Structure of Hæmatopota pluvialis (Meigen) - Number 55
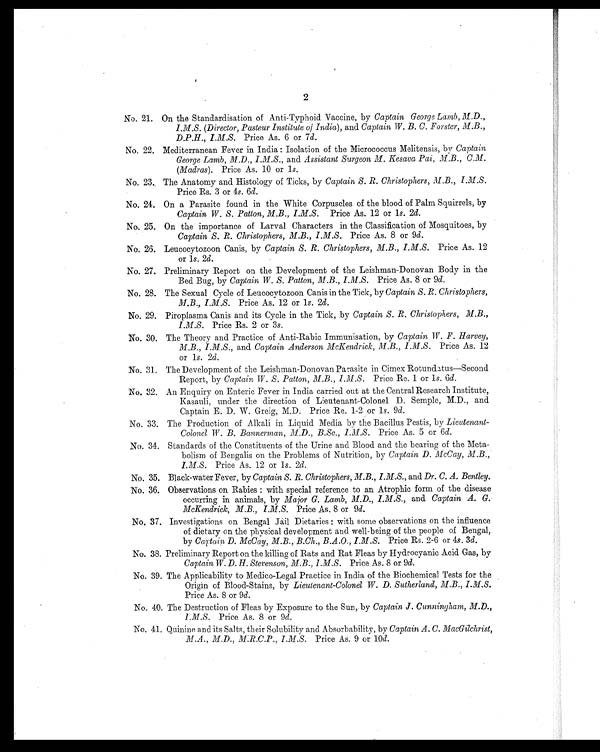
2
No. 21. On the Standardisation of Anti-Typhoid Vaccine, by Captain George Lamb, M.D.,
I.M.S. (Director, Pasteur Institute of India ), and Captain W. B. C. Forster, M.B.,
D.P.H., I.M.S. Price As. 6 or 7 d.
No. 22. Mediterranean Fever in India : Isolation of the Micrococcus Melitensis, by Captain
George Lamb, M.D., I.M.S., and Assistant Surgeon M. Kesava Pai, M.B., C.M.
(Madras ). Price As. 10 or 1s.
No. 23., The Anatomy and Histology of Ticks, by Captain S. R. Christophers, M.B., I.M.S.
Price Rs. 3 or 4s. 6d.
No. 24. On a Parasite found in the White Corpuscles of the blood of Palm Squirrels, by
Captain W. S. Patton, M.B., I.M.S. Price As. 12 or 1s. 2d.
No. 25. On the importance of Larval Characters in the Classification of Mosquitoes, by
Captain S. R. Christophers, M.B., I.M.S. Price As. 8 or 9 d.
No. 26. Leucocytozoon Canis, by Captain S. R. Christophers, M.B., I.M.S. Price As. 12
or 1s. 2d.
No. 27. Preliminary Report on the Development of the Leishman-Donovan Body in the
Bed Bug, by Captain W. S. Patton, M.B., I.M.S. Price As. 8 or 9 d.
No. 28. The Sexual Cycle of Leucocytozoon Canis in the Tick, by Captain S. R. Christophers,
M.B., I.M.S. Price As. 12 or 1s. 2d.
No. 29. Piroplasma Canis and its Cycle in the Tick, by Captain S. R. Christophers, M.B.,
I.M.S. Price Rs. 2 or 3 s.
No. 30. The Theory and Practice of Anti-Rabic Immunisation, by Captain W. F. Harvey,
M.B., I.M.S., and Captain Anderson McKendrick, M.B., I .M.S. Price As. 12
or 1s. 2d.
No. 31. The Development of the Leishman-Donovan Parasite in Cimex Rotundatus—Second
Report, by Captain W. S. Patton, M.B., I.M.S. Price Re. 1 or 1s. 6d.
No. 32. An Enquiry on Enteric Fever in India carried out at the Central Research Institute,
Kasauli, under the direction of Lieutenant-Colonel D. Semple, M.D., and
Captain E. D. W. Greig, M.D. Price Re. 1-2 or 1 s. 9d.
No. 33. The Production of Alkali in Liquid Media by the Bacillus Pestis, by Lieutenant-
Colonel W. B. Bannerman, M.D., B.Sc., I .M .S. Price As. 5 or 6d.
No. 34. Standards of the Constituents of the Urine and Blood and the bearing of the Meta
- bolism of Bengalis on the Problems of Nutrition, by Captain D. McCay, M.B.,
I.M.S. Price As. 12 or 1s. 2d.
No. 35. Black-water Fever, by Captain S. R. Christophers, M.B., I.M.S., and Dr. C. A. Bentley.
No. 36. Observations on Rabies : with special reference to an Atrophic form of the disease
occurring in animals, by Major G. Lamb, M.D., I.M.S., and Captain A. G.
McKendrick, M.B., I.M.S. Price As. 8 or 9d.
No. 37. Investigations on Bengal Jail Dietaries : with some observations on the influence
of dietary on the physical development and well-being of the people of Bengal,
by Captain D. McCay, M.B., B.Ch., B.A.O., I.M.S. Price Rs. 2-6 or 4s. 3d.
No. 38. Preliminary Report on the killing of Rats and Rat Fleas by Hydrocyanic Acid Gas, by
Captain W. D. H. Stevenson, M.B., I.M.S. Price As. 8 or 9d.
No. 39 The Applicability to Medico-Legal Practice in India of the Biochemical Tests for the
Origin of Blood-Stains, by Lieutenant-Colonel W. D. Sutherland, M.B., I.M.S.
Price As. 8 or 9d.
No. 40. The Destruction of Fleas by Exposure to the Sun, by Captain J. Cunningham, M.D.,
I.M.S. Price As. 8 or 9d.
No. 41. Quinine and its Salts, their Solubility and Absorbability, by Captain A. C. MacGilchrist,
M.A., M.D., M.R.C.P., I.M.S. Price As. 9 or 10 d.